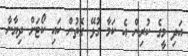
އަދި މީގެ ކުރިން އެ ކަމާ ގުޅޭ ގޮތުން ހައި ކޯޓަށް ދިޔާނާ